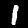
Digit: 1